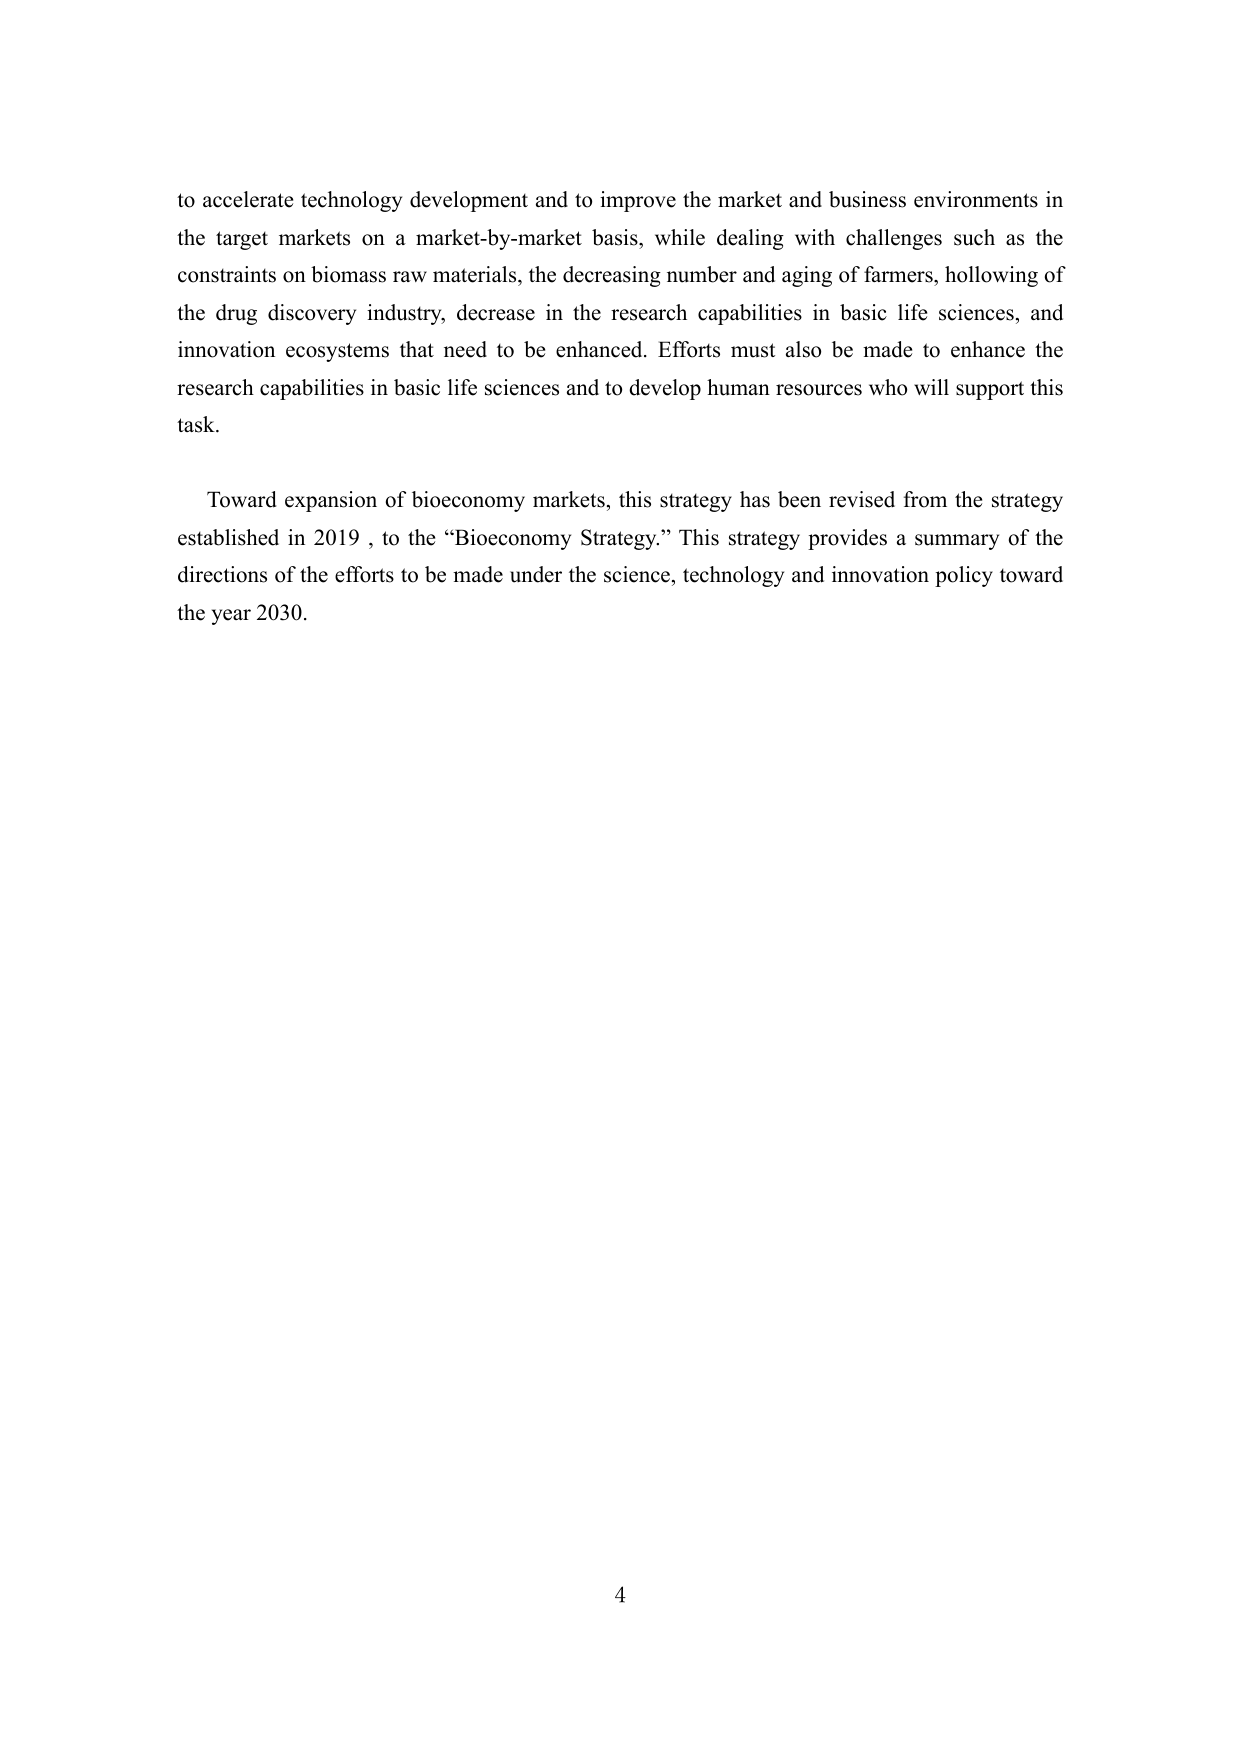
to accelerate technology development and to improve the market and business environments in the target markets on a market-by-market basis, while dealing with challenges such as the constraints on biomass raw materials, the decreasing number and aging of farmers, hollowing of the drug discovery industry, decrease in the research capabilities in basic life sciences, and innovation ecosystems that need to be enhanced. Efforts must also be made to enhance the research capabilities in basic life sciences and to develop human resources who will support this task.

Toward expansion of bioeconomy markets, this strategy has been revised from the strategy established in 2019, to the “Bioeconomy Strategy.” This strategy provides a summary of the directions of the efforts to be made under the science, technology and innovation policy toward the year 2030.

4